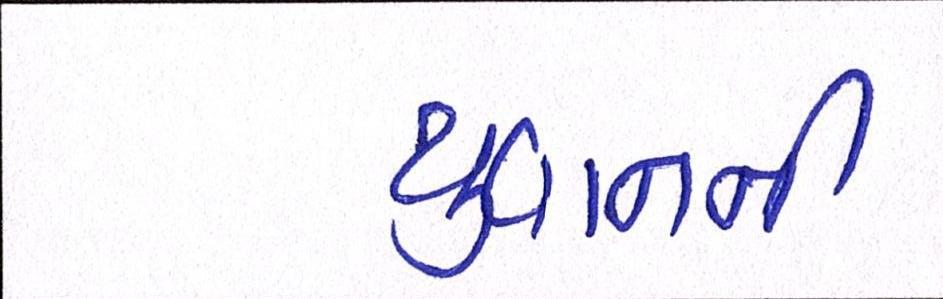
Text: યુવાનની